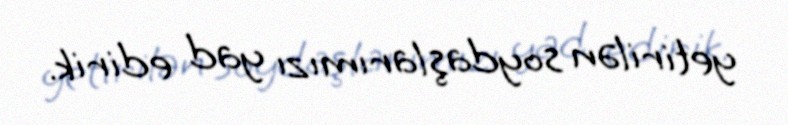
yetirilən soydaşlarımızı yad edirik.